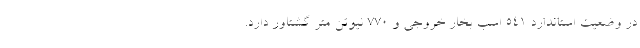
در وضعیت استاندارد 541 اسب بخار خروجی و 770 نیوتن متر گشتاور دارد.